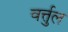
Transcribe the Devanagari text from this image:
वर्त्तुल